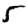
Digit: 5